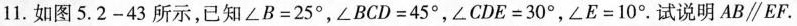
11.如图5.2-43所示，已知$$∠ B = 2 5 °$$，$$∠ B C D = 4 5 °$$，$$∠ C D E = 3 0 °$$，$$∠ E = 1 0 °$$。试说明AB\parallel EF.